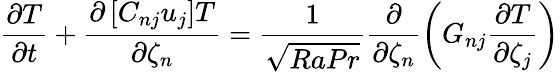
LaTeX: \frac{\partial T}{\partial t}+\frac{\partial\left[C_{nj}u_{j}\right]T}{\partial\zeta_{n}}=\frac{1}{\sqrt{RaPr}}\frac{\partial}{\partial\zeta_{n}}\left(G_{nj}\frac{\partial T}{\partial\zeta_{j}}\right)